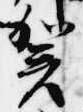
賀